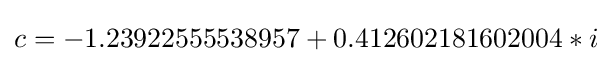
c=-1.23922555538957+0.412602181602004*i